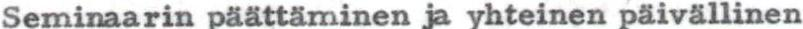
Seminaarin päättäminen ja yhteinen päivällinen